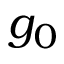
g _ { 0 }